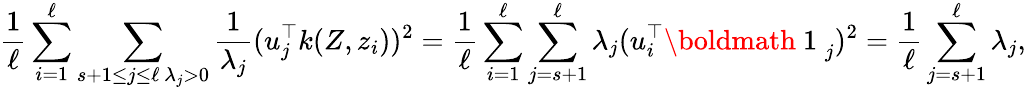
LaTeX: \frac 1\ell\sum_{i=1}^{\ell}\sum_{\substack{s+1\le j\le\ell\, \lambda_{j}>0}}\frac 1{\lambda_{j}}(u_{j}^{\top}k(Z,z_{i}))^{2}=\frac 1\ell\sum_{i=1}^{\ell}\sum_{j=s+1}^{\ell}\lambda_{j}(u_{i}^{\top}{\mathrm{\boldmath~1~}}_{j})^{2}=\frac 1\ell\sum_{j=s+1}^{\ell}\lambda_{j},